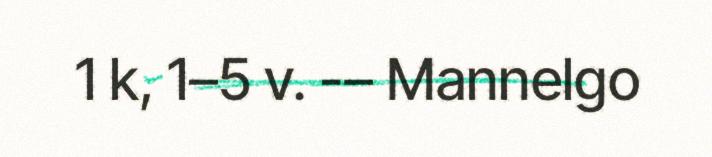
1 k, 1–5 v. -– Mannelgo